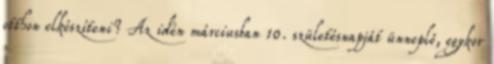
otthon elkészíteni? Az idén márciusban 10. születésnapját ünneplő, egykor